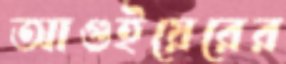
আগুইয়েরের